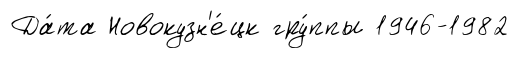
Да́та Новокузн'е́цк гру́ппы 1946-1982